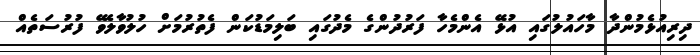
ދިރިއުޅެމުންދާ މާހައުލުގައި އުޅޭ އެންމެހާ ފަރުދުންގެ މެދުގައި ބަލިމަޑުކަން ފެތުރުމަށް ހުލުވާލެވޭ ފުރުސަތެއް